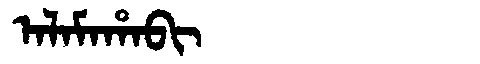
Manchu: ᠠᠯᠠᠮᠠᡥᠠᠪᡳ
Romanization: ALAMAHABI